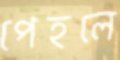
পেহলে